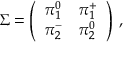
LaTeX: \Sigma = \left( \begin{array} { l l } { { \pi _ { 1 } ^ { 0 } } } & { { \pi _ { 1 } ^ { + } } } \\ { { \pi _ { 2 } ^ { - } } } & { { \pi _ { 2 } ^ { 0 } } } \end{array} \right) \, ,